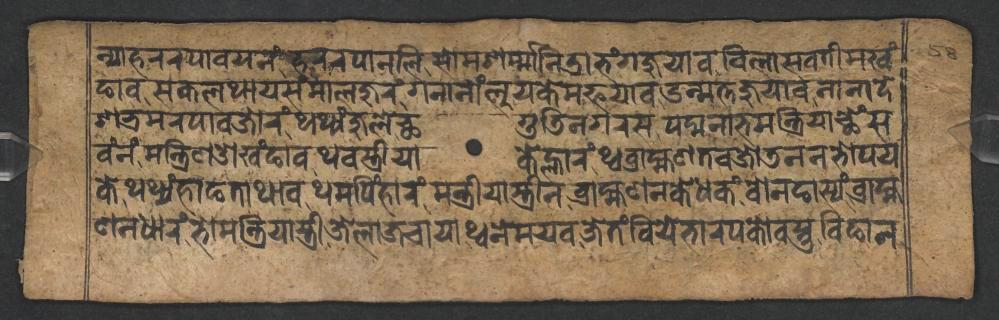
𑐣𑑂𑐫𑐵𑐴𑐬𑐬𑐥𑐵𑐰𑐫𑐣𑑄𑐴𑐬𑐬𑐥𑐵𑐣𑐮𑐶𑐳𑑀𑐩𑐱𑐬𑑂𑐩𑑂𑐩𑐵𑐣𑐶𑐡𑑂𑐬𑐵𑐨𑑄𑐐𑐖𑐸𑐫𑐵𑐰𑐰𑐶𑐮𑐵𑐳𑐰𑐟𑐷𑐩𑐏𑑄 𑐒𑐵𑐰𑐳𑐎𑐮𑐠𑐵𑐫𑐳𑑄𑐩𑐵𑐮𑐖𑐸𑐬𑑄𑐐𑐣𑐵𑐣𑑀𑑄𑐮𑐸𑐫𑐎𑐾𑐩𑐦𑐫𑐵𑐰𑑁𑐣𑑂𑐩𑐟𑑂𑐟𑐖𑐸𑐫𑐵𑐰𑐣𑐵𑐣𑐵𑐡𑐾 𑐱𑐨𑑂𑐬𑐩𑐬𑐥𑐵𑐰𑐖𑑀𑐬𑑄𑐠𑐠𑑂𑐫𑑄𑐖𑐸𑐮𑐾𑐕𑐐𑐸𑐜𑐶𑐣𑐐𑐬𑐳𑐥𑐡𑑂𑐩𑐣𑐵𑐨𑐩𑐣𑑂𑐟𑑂𑐬𑐶𑐫𑐵𑐕𑐾𑑄𑐳 𑐰𑑄𑐣𑑄𑐩𑐣𑑂𑐟𑑂𑐬𑐶𑐞𑐌𑐏𑑄𑐒𑐵𑐰𑐠𑐰𑐳𑑂𑐟𑑂𑐬𑐷𑐫𑐵𑐎𑐾𑐮𑑂𑐴𑐵𑐬𑑄𑐠𑑂𑐰𑐧𑑂𑐬𑐵𑐴𑑂𑐩𑐞𑐟𑐰𑐖𑑀𑐜𑐣𑐣𑐨𑑀𑐥𑐫 𑐎𑐾𑐠𑐠𑑂𑐫𑑄𑐴𑐵𑐒𑐟𑐵𑐠𑐵𑐰𑐠𑐩𑐥𑐶𑑄𑐴𑐵𑐬𑑄𑐩𑐣𑑂𑐟𑑂𑐬𑐷𑐫𑐵𑐳𑑂𑐟𑑂𑐬𑐷𑐣𑐧𑑂𑐬𑐵𑐴𑑂𑐩𑐞𑐎𑐾𑐢𑐎𑑄𑐧𑑀𑐣𑐒𑐵𑐳𑑂𑐫𑑄𑐧𑑂𑐬𑐵𑐴𑑂𑐩 𑐞𑐣𑐢𑐵𑐬𑑄𑐨𑑀𑐩𑐣𑑂𑐟𑑂𑐬𑐶𑐫𑐵𑐳𑑂𑐟𑑂𑐬𑐷𑐖𑐾𑐮𑐵𑐖𑐔𑐵𑐫𑐵𑐠𑑂𑐰𑐣𑐾𑐩𑐫𑐰𑐖𑐾𑐟𑑄𑐧𑐶𑐫𑐾𑐨𑐵𑐬𑐥𑐎𑑀𑐰𑐳𑑂𑐟𑐸𑐧𑐶𑐒𑐵𑐣